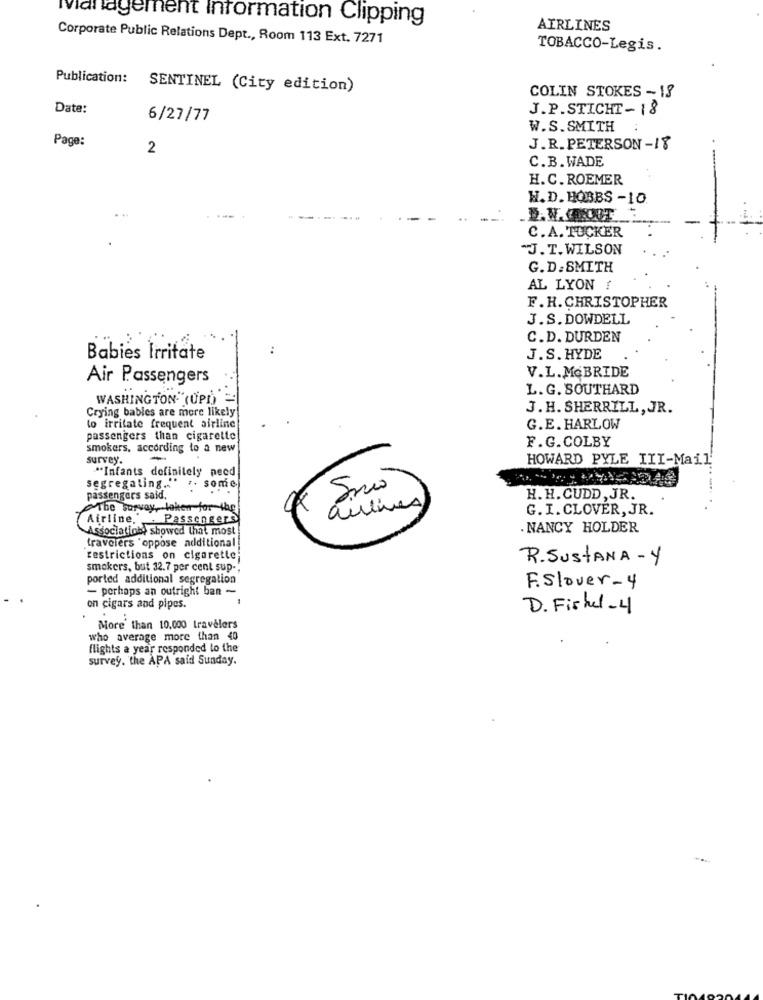
Management Information Clipping
AIRLINES
Corporate Public Relations Dept ., Room 113 Ext. 7271
TOBACCO-Legis.
Publication:
SENTINEL (City edition)
COLIN STOKES - 18
Date:
J. P.STICHT- 18
6/27/77
W.S.SMITH
Page:
2
J. R. PETERSON -18
C.B. WADE
H.C. ROEMER
H. D. HOBBS -10
C. A. TUCKER
J. T. WILSON
G.D. SMITH
AL LYON
F.H. CHRISTOPHER
J.S. DOWDELL
C.D. DURDEN
Babies Irritate
J.S. HYDE
V.L. MCBRIDE
Air Passengers
L. G. SOUTHARD
WASHINGTON (UPD'=
Crying bables are more likely
J. H. SHERRILL, JR.
to irritate frequent airline
G.E. HARLOW
passengers than cigarette
F.G.COLBY
smokers, according to a new
survey.
-
HOWARD PYLE III-Mail'
"Infants definitely need
segregating ... .. some.
Sono
passengers said.
H. H. CUDD , JR.
The survey, taken for the
anlines
-
G.I. CLOVER, JR.
Airline. . Passengers
Association) showed that most!
NANCY HOLDER
travelers "oppose additional!
restrictions on cigarette;
R.SUStANA- y
smokers, but 32.7 per cent sup -,
ported additional segregation
- perhaps an outright ban -
F.slover-4
on cigars and pipes.
D. Fisher - 4
More' than 10.000 travelers
who average more than 40
flights a year responded to the
survey. the APA said Sunday.